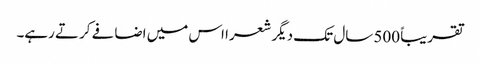
تقریباً 500 سال تک دیگر شعرا اس میں اضافے کرتے رہے۔